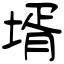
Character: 壻